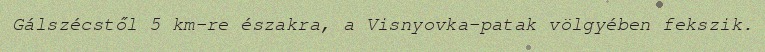
Gálszécstől 5 km-re északra, a Visnyovka-patak völgyében fekszik.